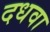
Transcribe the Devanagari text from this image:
दधवा